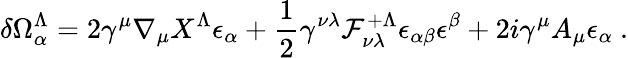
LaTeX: \delta\Omega_{\alpha}^{\Lambda}=2\gamma^{\mu}\nabla_{\mu}X^{\Lambda}\epsilon_{\alpha}+{\frac{1}{2}}\gamma^{\nu\lambda}{\cal F}_{\nu\lambda}^{+\Lambda}\epsilon_{\alpha\beta}\epsilon^{\beta}+2i\gamma^{\mu}A_{\mu}\epsilon_{\alpha}\ .